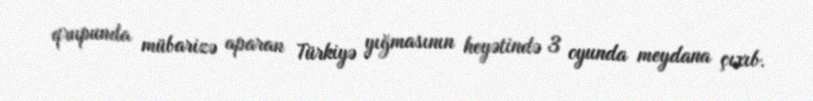
qrupunda mübarizə aparan Türkiyə yığmasının heyətində 3 oyunda meydana çıxıb.